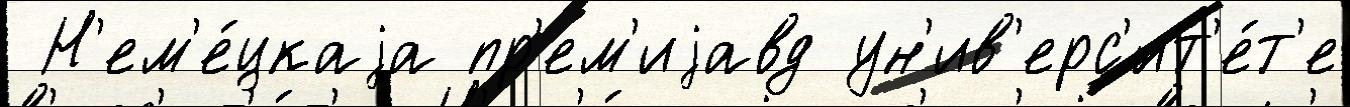
 Н'ем'е́цкаjа пр'ем'иjавд ун'ив'ерс'ит'е́т'е